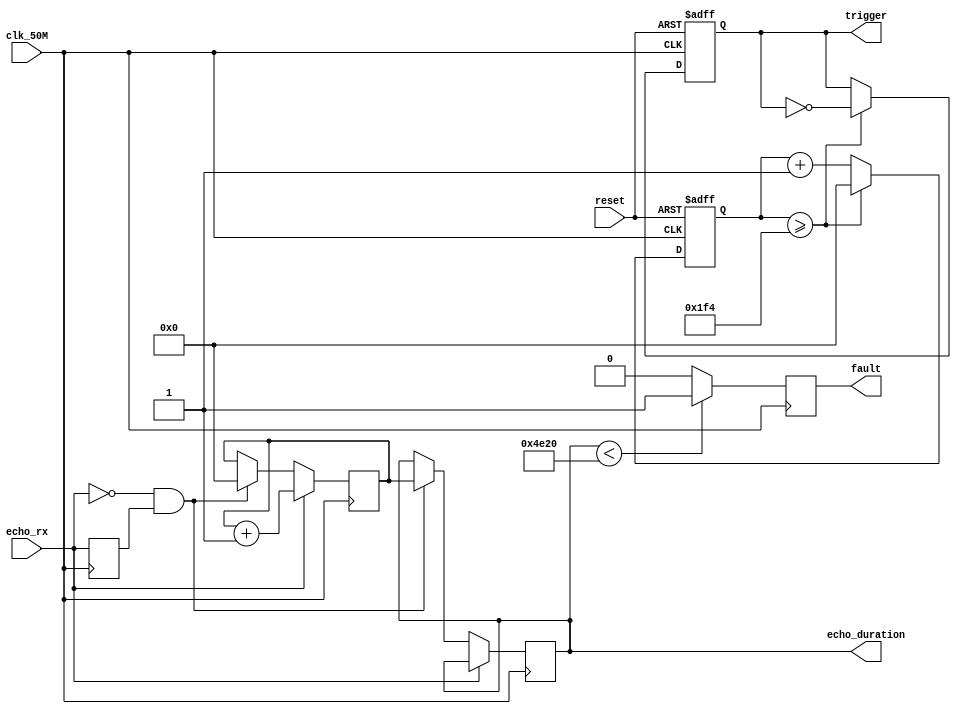
/* 
 * Team Id: 3265
 * Author List: Md Faizan, Sudhanshu Ranjan, Sumit Saroj
 * Filename: controller
 * Theme: Astro Tinker Bot 
 * Functions: controller
 * Global Variables: None
 */

module t1c_pulse_gen_detect (
    input wire clk_50M, // 50MHz clock
    input wire reset,
    input wire echo_rx,
	 output reg fault,
    output reg trigger,
	 output reg [31:0] echo_duration
);

    localparam CLOCK_FREQUENCY = 50_000_000; // 50MHz
    localparam TRIGGER_PERIOD = 10; // 10us
    localparam TRIGGER_INTERVAL = 1_000; // 1ms
		initial begin
			fault = 0;
			end
    reg [31:0] counter;
    reg [31:0] trigger_counter;
    reg [31:0] echo_start;
    reg [31:0] echo_end;
	  reg echo_rx_prev = 0;
   
	 reg [31:0] time_counter =0;

    always @(posedge clk_50M or posedge reset) begin
        if (reset) begin
            counter <= 0;
            trigger_counter <= 0;
            trigger <= 0;
        end else begin
            counter <= counter + 1;
            if (counter >= CLOCK_FREQUENCY * TRIGGER_PERIOD / 1_000_000) begin
                counter <= 0;
                trigger <= ~trigger;
                trigger_counter <= trigger_counter + 1;
                if (trigger_counter >= CLOCK_FREQUENCY * TRIGGER_INTERVAL / 1_000_000) begin
                    trigger_counter <= 0;
                end
            end
        end
    end



 always @(posedge clk_50M) begin
        if(echo_rx != 0) begin
            time_counter <= time_counter + 1;
        end else if (echo_rx == 0 && echo_rx_prev != 0) begin
            echo_duration <= time_counter;
            time_counter <= 0;
        end
        echo_rx_prev <= echo_rx;
		  
		  
		  
		  if(echo_duration<20000) begin
		  fault <= 1'b1;
		  end
		  else 
		  fault<= 1'b0;
    end
	
					
		
		
					

endmodule